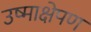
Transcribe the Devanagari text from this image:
उष्माक्षेपण